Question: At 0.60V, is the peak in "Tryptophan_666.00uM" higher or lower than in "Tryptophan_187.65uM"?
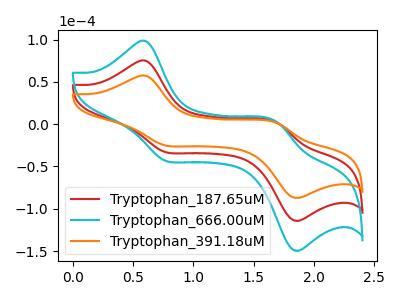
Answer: <think>The red curve "Tryptophan_187.65uM" has anodic peaks at (0.60V, 75.00uA) (1.70V, 2.45uA) and cathodic peaks at (0.75V, -33.05uA) (1.85V, -113.55uA). The cyan curve "Tryptophan_666.00uM" has anodic peaks at (0.60V, 149.95uA) (1.70V, 4.90uA) and cathodic peaks at (0.75V, -66.15uA) (1.85V, -227.05uA). The orange curve "Tryptophan_391.18uM" has anodic peaks at (0.60V, 57.25uA) (1.70V, 1.85uA) and cathodic peaks at (0.75V, -25.25uA) (1.85V, -86.70uA).</think>
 <answer>The peak at 0.60V is higher in "Tryptophan_666.00uM" than in "Tryptophan_187.65uM".</answer>
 <eval>higher</eval>